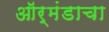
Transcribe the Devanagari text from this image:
ऑर्मंडाचा